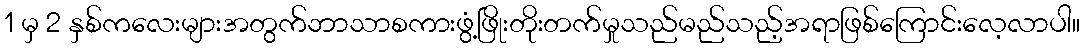
1 မှ 2 နှစ်ကလေးများအတွက်ဘာသာစကားဖွံ့ဖြိုးတိုးတက်မှုသည်မည်သည့်အရာဖြစ်ကြောင်းလေ့လာပါ။